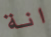
انة